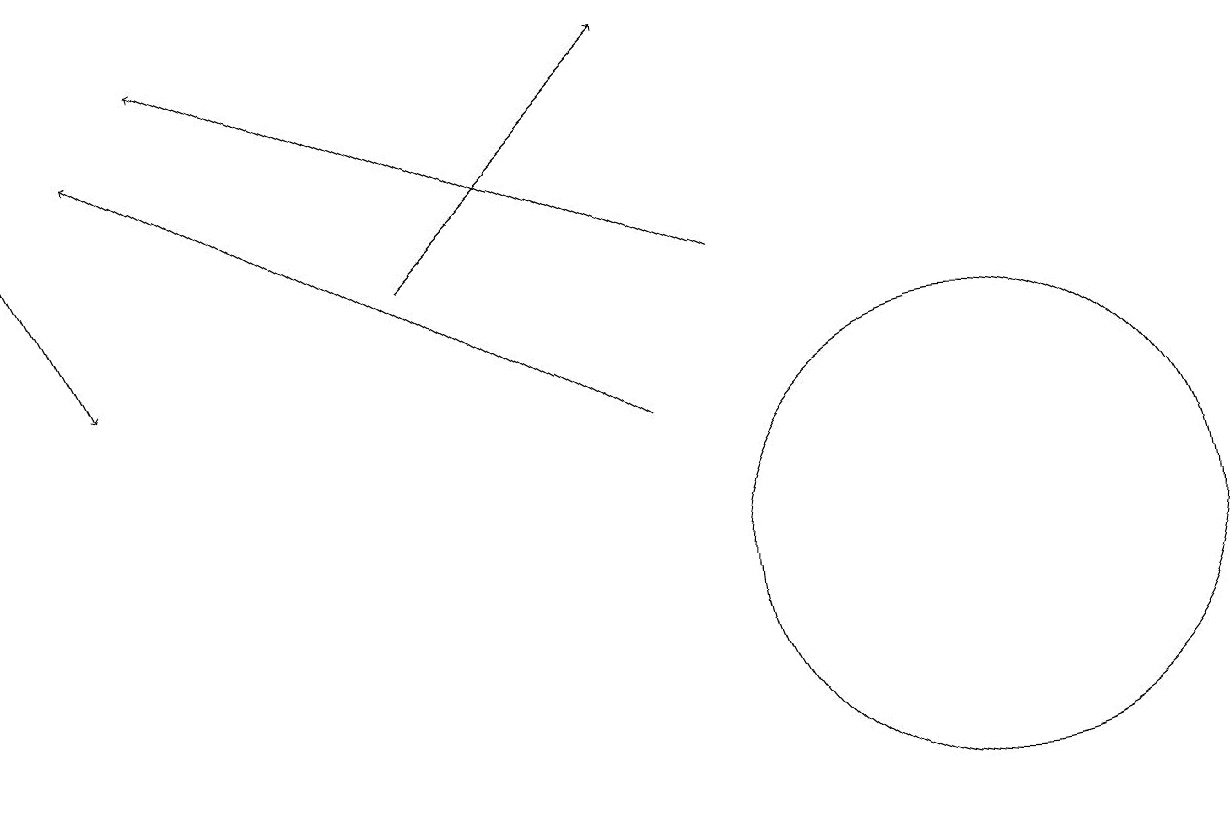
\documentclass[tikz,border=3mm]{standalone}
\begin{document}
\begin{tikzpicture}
\draw[->] (8,13) -- (1,17);
\draw[->] (0,16) -- (1,14);
\draw (12,11) circle (3);
\draw[->] (5,15) -- (8,18);
\draw (11,10) circle (0);
\draw[->] (9,15) -- (2,18);
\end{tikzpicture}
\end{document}